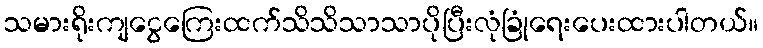
သမားရိုးကျငွေကြေးထက်သိသိသာသာပိုပြီးလုံခြုံရေးပေးထားပါတယ်။